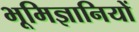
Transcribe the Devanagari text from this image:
भूमिज्ञानियों